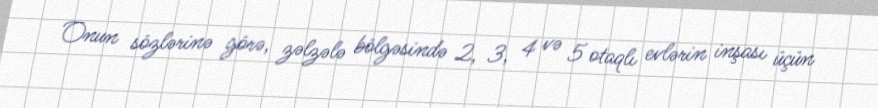
Onun sözlərinə görə, zəlzələ bölgəsində 2, 3, 4 və 5 otaqlı evlərin inşası üçün